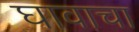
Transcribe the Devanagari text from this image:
घावाचा